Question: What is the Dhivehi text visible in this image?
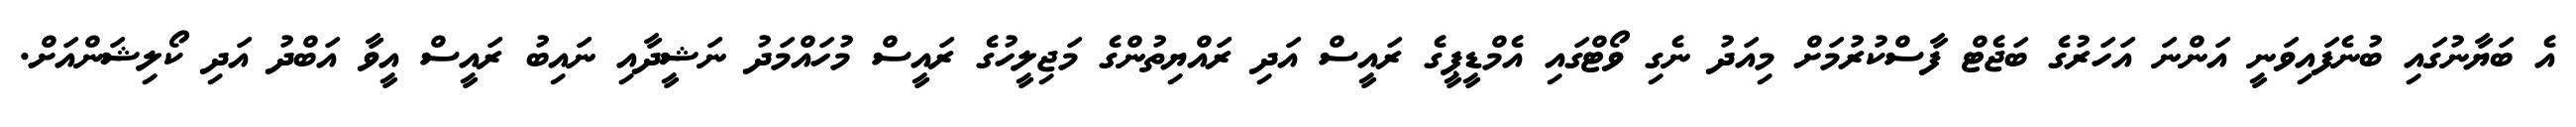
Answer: އެ ބަޔާނުގައި ބުނެފައިވަނީ އަންނަ އަހަރުގެ ބަޖެޓް ފާސްކުރުމަށް މިއަދު ނެގި ވޯޓްގައި އެމްޑީޕީގެ ރައީސް އަދި ރައްޔިތުންގެ މަޖިލީހުގެ ރައީސް މުހައްމަދު ނަޝީދާއި ނައިބު ރައީސް އީވާ އަބްދު އަދި ކޯލިޝަންއަށް.